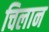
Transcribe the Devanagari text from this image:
चिलान